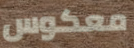
معكوس